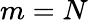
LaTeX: m=N